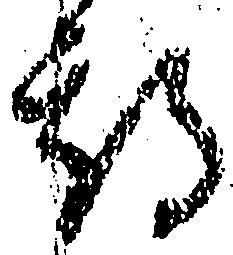
期